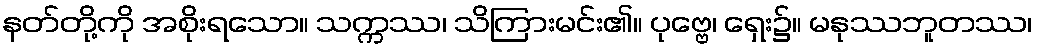
နတ်တို့ကို အစိုးရသော။ သက္ကဿ၊ သိကြားမင်း၏။ ပုဗ္ဗေ၊ ရှေး၌။ မနုဿဘူတဿ၊